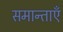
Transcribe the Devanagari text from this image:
समान्ताएँ